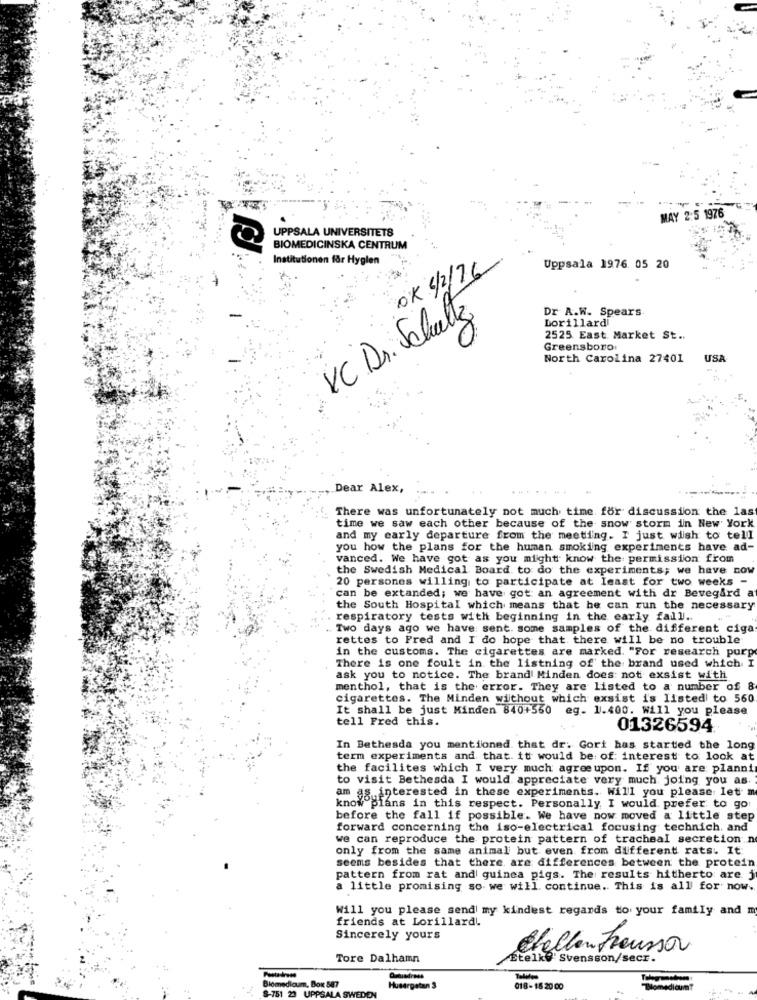
MAY 2:5 1976
UPPSALA UNIVERSITETS
BIOMEDICINSKA CENTRUM
Institutionen for Hygien
OK 1/2/76
Uppsala 1976. 05 20
VC Dr. Schultz
Dr. A.W. Spears
Lorillardi
2525 East Market St ..
Greensboro
North Carolina 27401
USA
Dear Alex,
There was unfortunately not much time for discussion the last
time we saw each other because of the snow storm in New York
and my early departure from the meeting. I just wish to tell
you how the plans for the human smoking experiments have ad-
vanced. We have got as you might know the permission from
the Swedish Medical Board to do the experiments; we have now
20 persones willing to participate at least for two weeks -
can be extanded; we have got an agreement with dr Bevegard a
the South Hospital which means that he can run the necessary
respiratory tests with beginning in the early fall ..
. Two days ago we have: sent. some samples of the different ciga
rettes to Fred and I' do hope that there will be no trouble
in the customs. The cigarettes are marked. "For research purp
There is one foult in the listning of the brand used which I
ask you to notice. The brand Minden does not exsist with
menthol, that is the error. They are listed to a number of 8
cigarettes. The Minden without which exsist is listed to 560
It shall be just Minden 840+560 eg. 1.400. Will you please
tell Fred this.
01326594
In Bethesda you mentioned that dr. Gort has started the long
term experiments and that. it would be: of: interest to look at
the facilites which I very much agree upon. If you are planni
to visit Bethesda I would appreciate very much joing you as
am gg interested in these experiments. Will you please let m
know plans in this respect. Personally I would prefer to go
before the fall if possible. We have now moved a little step
forward concerning the iso-electrical focusing technich, and
we can reproduce the protein pattern of tracheal secretion n
only from the same animal but even from different rats. It:
seems besides that there are differences between the protein
pattern from rat and guinea pigs. The results hitherto are j
a little promising so we will continue. This is all for now.
Will you please send my kindest regards to your family and m
friends at Lorillard
Sincerely yours
Tore Dalhamn
Challen Tousson
Etelk@ Svensson/secr."
Biomedicum, Box 587
Omtadress
Taliles
S-751 23 UPPSALA SWEDEN
Husergetan 3
018-16 20 00
dicum?